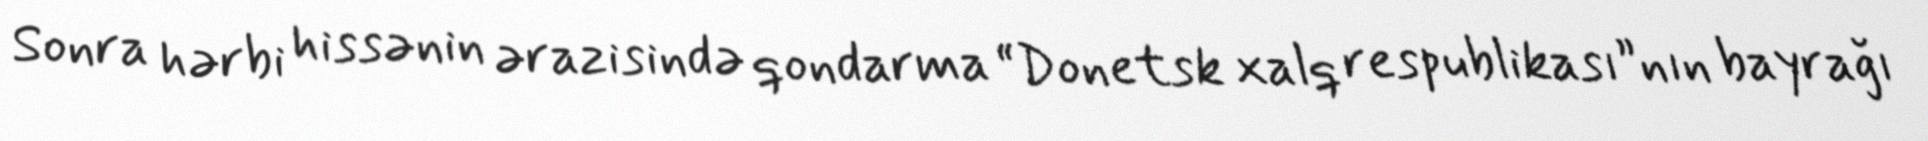
Sonra hərbi hissənin ərazisində qondarma “Donetsk xalq respublikası”nın bayrağı